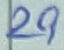
Text: 29